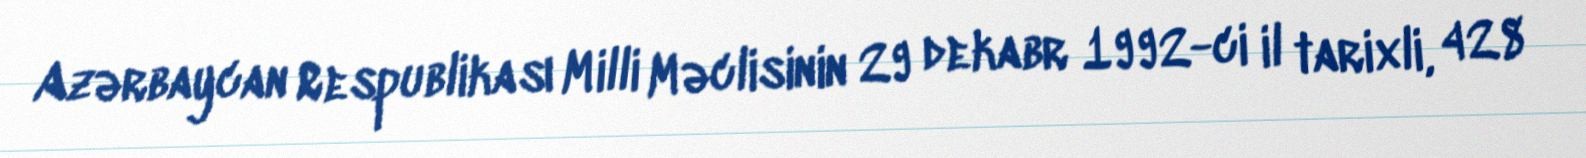
Azərbaycan Respublikası Milli Məclisinin 29 dekabr 1992-ci il tarixli, 428